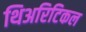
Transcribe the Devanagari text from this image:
थिअरिटिकल